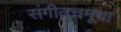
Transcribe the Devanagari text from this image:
संगीतचमूचा